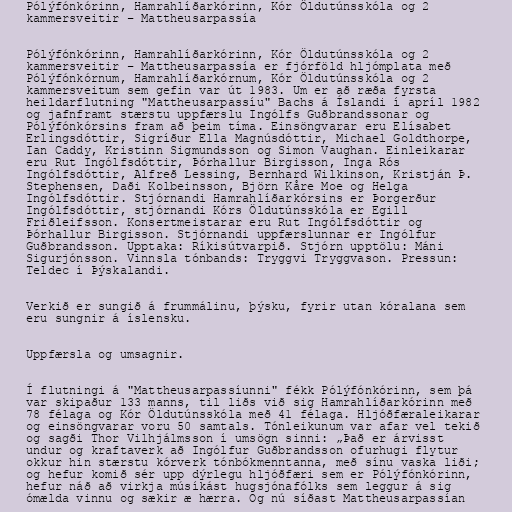
Pólýfónkórinn, Hamrahlíðarkórinn, Kór Öldutúnsskóla og 2
kammersveitir – Mattheusarpassía

Pólýfónkórinn, Hamrahlíðarkórinn, Kór Öldutúnsskóla og 2
kammersveitir – Mattheusarpassía er fjórföld hljómplata með
Pólýfónkórnum, Hamrahlíðarkórnum, Kór Öldutúnsskóla og 2
kammersveitum sem gefin var út 1983. Um er að ræða fyrsta
heildarflutning "Mattheusarpassíu" Bachs á Íslandi í apríl 1982
og jafnframt stærstu uppfærslu Ingólfs Guðbrandssonar og
Pólýfónkórsins fram að þeim tíma. Einsöngvarar eru Elísabet
Erlingsdóttir, Sigríður Ella Magnúsdóttir, Michael Goldthorpe,
Ian Caddy, Kristinn Sigmundsson og Simon Vaughan. Einleikarar
eru Rut Ingólfsdóttir, Þórhallur Birgisson, Inga Rós
Ingólfsdóttir, Alfreð Lessing, Bernhard Wilkinson, Kristján Þ.
Stephensen, Daði Kolbeinsson, Björn Kåre Moe og Helga
Ingólfsdóttir. Stjórnandi Hamrahlíðarkórsins er Þorgerður
Ingólfsdóttir, stjórnandi Kórs Öldutúnsskóla er Egill
Friðleifsson. Konsertmeistarar eru Rut Ingólfsdóttir og
Þórhallur Birgisson. Stjórnandi uppfærslunnar er Ingólfur
Guðbrandsson. Upptaka: Ríkisútvarpið. Stjórn upptölu: Máni
Sigurjónsson. Vinnsla tónbands: Tryggvi Tryggvason. Pressun:
Teldec í Þýskalandi.

Verkið er sungið á frummálinu, þýsku, fyrir utan kóralana sem
eru sungnir á íslensku.

Uppfærsla og umsagnir.

Í flutningi á "Mattheusarpassíunni" fékk Pólýfónkórinn, sem þá
var skipaður 133 manns, til liðs við sig Hamrahlíðarkórinn með
78 félaga og Kór Öldutúnsskóla með 41 félaga. Hljóðfæraleikarar
og einsöngvarar voru 50 samtals. Tónleikunum var afar vel tekið
og sagði Thor Vilhjálmsson í umsögn sinni: „Það er árvisst
undur og kraftaverk að Ingólfur Guðbrandsson ofurhugi flytur
okkur hin stærstu kórverk tónbókmenntanna, með sínu vaska liði;
og hefur komið sér upp dýrlegu hljóðfæri sem er Pólýfónkórinn,
hefur náð að virkja músíkást hugsjónafólks sem leggur á sig
ómælda vinnu og sækir æ hærra. Og nú síðast Mattheusarpassían